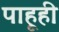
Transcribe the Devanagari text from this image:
पाहूही